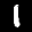
Label: 1